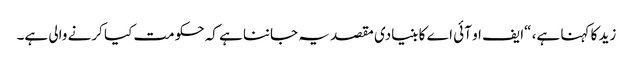
زید کا کہنا ہے، “ایف او آئی اے کا بنیادی مقصد یہ جاننا ہے کہ حکومت کیا کرنے والی ہے۔